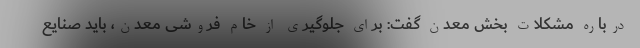
درباره مشکلات بخش معدن گفت: برای جلوگیری از خام فروشی معدن، باید صنایع